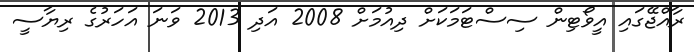
ރާއްޖޭގައި އީވޯޓިން ސިސްޓަމަކަށް ދިއުމަށް 2008 އަދި 2013 ވަނަ އަހަރުގެ ރިޔާސީ